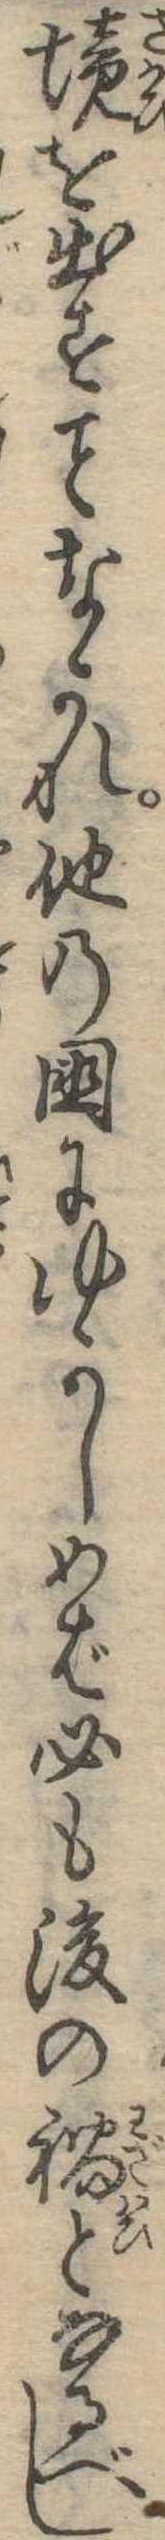
境を出すなかれ他の国にゆかしめば必も後の禍となるべし